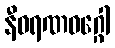
နီဝရဏဝဂ္ဂေါ